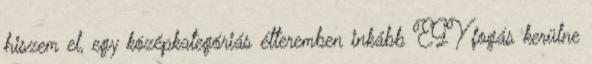
hiszem el, egy középkategóriás étteremben inkább EGY fogás kerülne